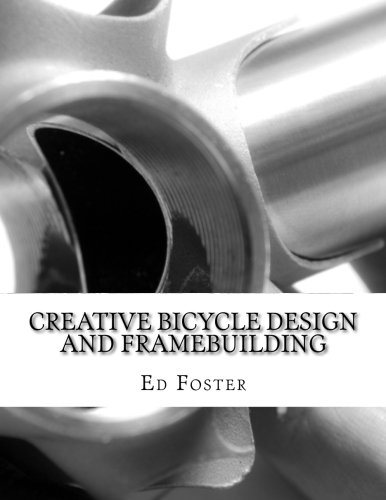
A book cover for Creative Bicycle Design and Framebuilding; Ed Foster; Crafts, Hobbies & Home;